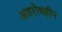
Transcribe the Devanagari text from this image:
अवरोधहीन